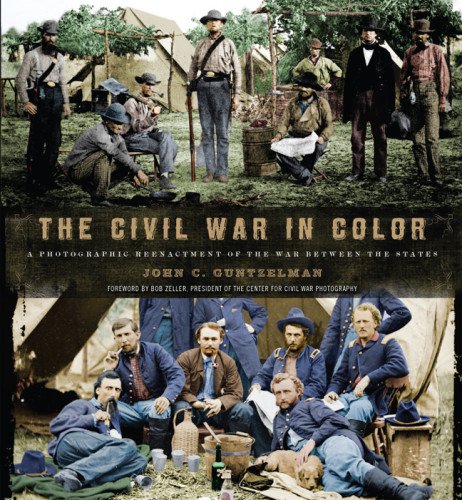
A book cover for The Civil War in Color: A Photographic Reenactment of the War Between the States; John C Guntzelman; Arts & Photography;